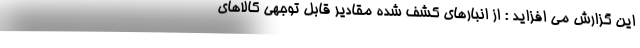
این گزارش می افزاید : از انبارهای کشف شده مقادیر قابل توجهی کالاهای